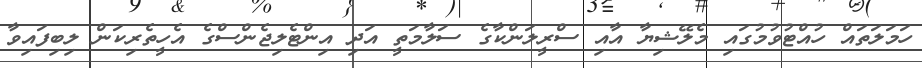
ހަމަލަތައް ހުއްޓުވުމުގައި މެލޭޝިޔާ އާއި ސްރީލަންކާގެ ސަލާމަތީ އަދި އިންޓެލިޖެންސްގެ އެހީތެރިކަން ލިބިފައިވާ